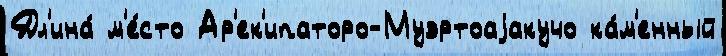
Дл'ина́ м'е́сто Ар'ек'ипаторо-Муэртоаjакучо ка́м'енный